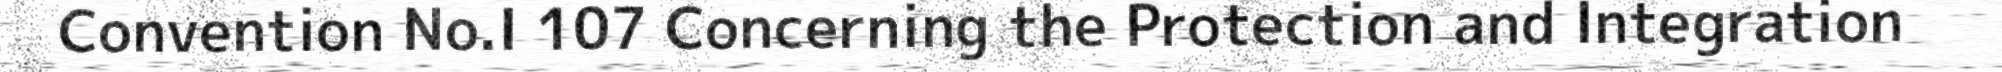
Convention No.I 107 Concerning the Protection and Integration